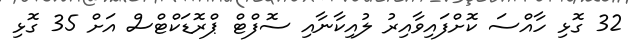
32 ގޮޅި ހާއްސަ ކޮށްފައިވާއިރު ލުއިކާނާއި ސޮފްޓް ޕްރޮޑަކްޓްސް އަށް 35 ގޮޅި